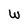
Character: W